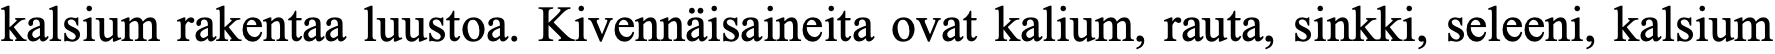
kalsium rakentaa luustoa. Kivennäisaineita ovat kalium, rauta, sinkki, seleeni, kalsium